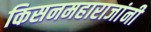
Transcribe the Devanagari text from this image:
किसनमहाराजांनी